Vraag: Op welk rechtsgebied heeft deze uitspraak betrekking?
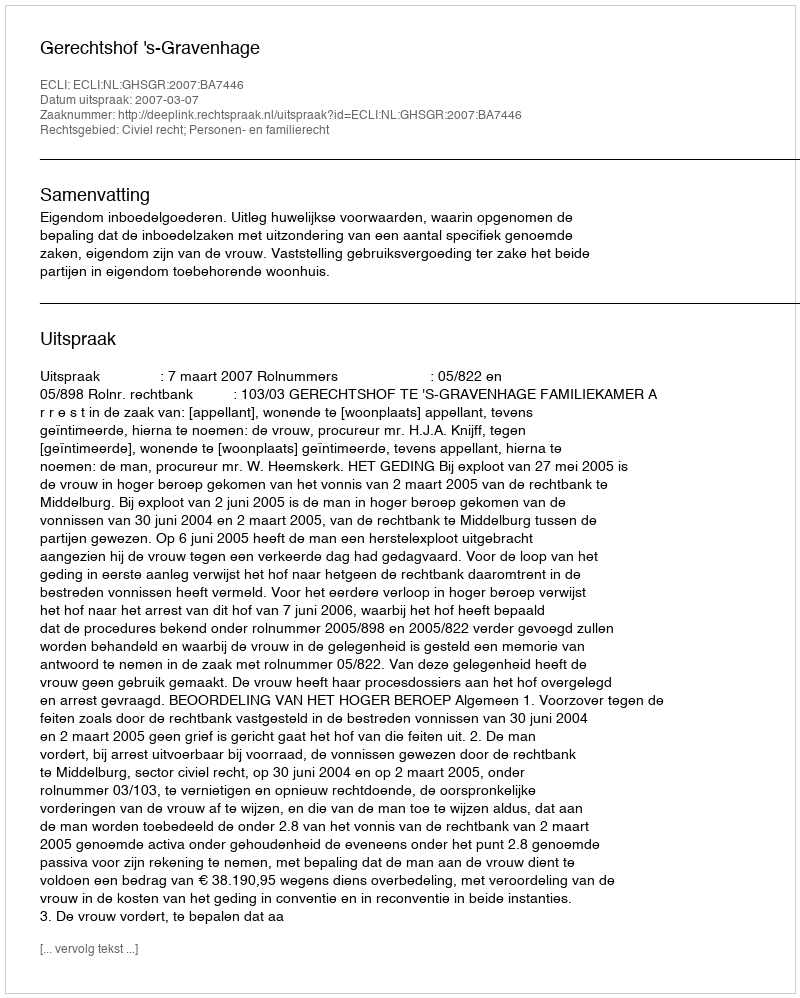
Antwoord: Civiel recht; Personen- en familierecht